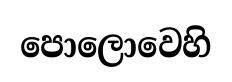
පොලොවෙහි